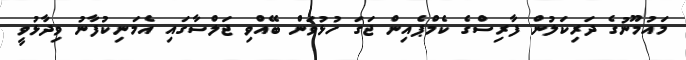
މައުމޫނުގެ ދަރިކަލުން ފާރިސްގެ ކެމްޕެއިން ޖަގަ ހުޅުވަން ބޭއްވި ޖަލްސާގައި އެމަނިކުފާނު ވިދާޅުވީ